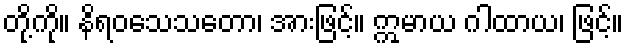
တို့ကို။ နိရဝသေသတော၊ အားဖြင့်။ ဣမာယ ဂါထာယ၊ ဖြင့်။